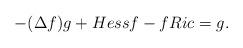
LaTeX: \begin{align*}-(\Delta f)g+Hess f-fRic=g.\end{align*}